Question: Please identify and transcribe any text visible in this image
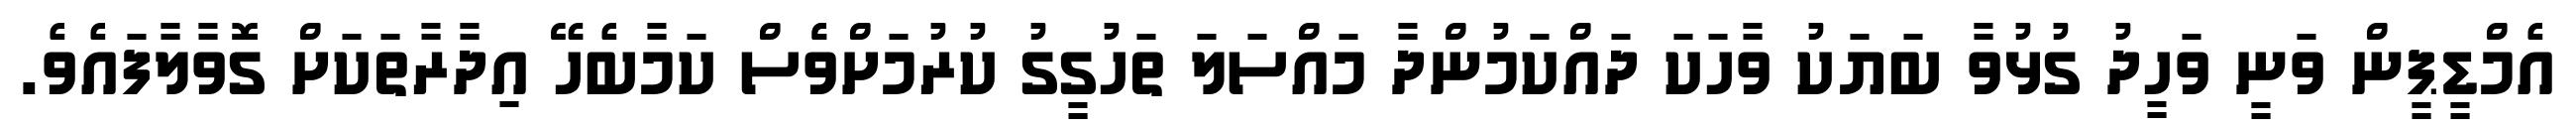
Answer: އެމްޑީޕީން ވަނީ ވަހީދު ގުޅުވާ ބަޔަކު ވާހަކަ ދައްކަމުންދާ މައްސަލަ ތަހުގީގު ކުރުމަށްވެެސް ކަމާބެހޭ އިދާރާތަކަށް ގޮވާލާފައެވެ.